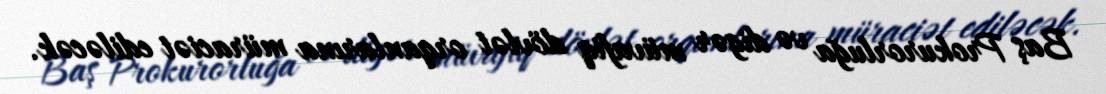
Baş Prokurorluğa və digər müvafiq dövlət orqanlarına müraciət ediləcək.